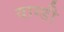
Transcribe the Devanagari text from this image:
वाग्डी